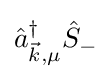
{\hat {a}}_{{\vec {k}},\mu }^{\dagger }{\hat {S}}_{-}